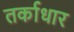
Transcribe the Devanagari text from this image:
तर्काधार